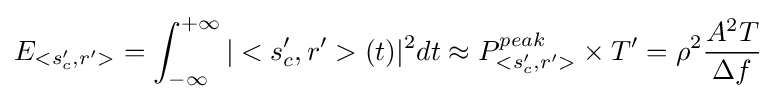
E_{<s_{c}',r'>}=\int _{-\infty }^{+\infty }|<s_{c}',r'>(t)|^{2}dt\approx P_{<s_{c}',r'>}^{peak}\times T'=\rho ^{2}{\frac {A^{2}T}{\Delta f}}